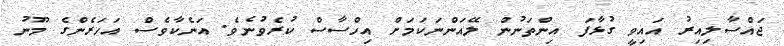
ޖައްސާލިއިރު އައިވީ ގުޅާފަ އިންތަނުން ލޭއަންނަކަމަށް އިހްސާސް ކުރެވުނެވެ. އަނެކާވެސް އަހަރެންގެ މޫނު